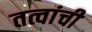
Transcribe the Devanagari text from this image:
तत्वांची